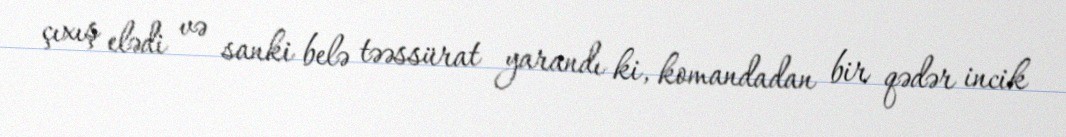
çıxış elədi və sanki belə təəssürat yarandı ki, komandadan bir qədər incik